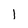
Character: 1